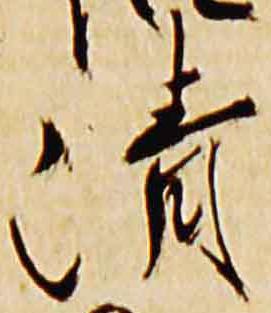
清